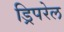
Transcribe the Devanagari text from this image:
ड्रिपरेल